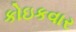
કોઇકવાર